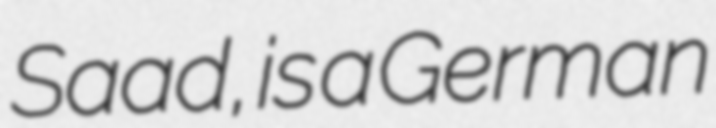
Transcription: Saad, is a German